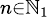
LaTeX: \scriptstyle n\in\mathbb{N}_{1}